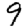
Digit: 9